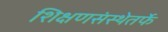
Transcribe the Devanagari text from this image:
शिक्षणसंस्थेतर्फे